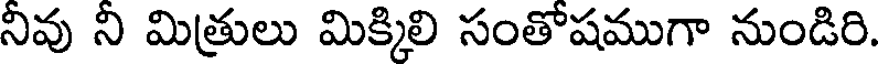
నివు ని మిత్రులు మిక్కిలి సంతోషముగా నుండిరి.